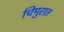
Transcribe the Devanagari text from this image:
चिमुरात